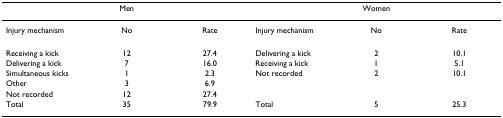
<table><thead><tr><td colspan="3"><b>Men</b></td><td colspan="3"><b>Women</b></td></tr></thead><tbody><tr><td>Injury mechanism</td><td>No</td><td>Rate</td><td>Injury mechanism</td><td>No</td><td>Rate</td></tr><tr><td>Receiving a kick</td><td>12</td><td>27.4</td><td>Delivering a kick</td><td>2</td><td>10.1</td></tr><tr><td>Delivering a kick</td><td>7</td><td>16.0</td><td>Receiving a kick</td><td>1</td><td>5.1</td></tr><tr><td>Simultaneous kicks</td><td>1</td><td>2.3</td><td>Not recorded</td><td>2</td><td>10.1</td></tr><tr><td>Other</td><td>3</td><td>6.9</td><td></td><td></td><td></td></tr><tr><td>Not recorded</td><td>12</td><td>27.4</td><td></td><td></td><td></td></tr><tr><td>Total</td><td>35</td><td>79.9</td><td>Total</td><td>5</td><td>25.3</td></tr></tbody></table>